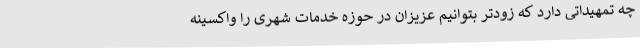
چه تمهیداتی دارد که زودتر بتوانیم عزیزان در حوزه خدمات شهری را واکسینه